system: You are a helpful assistant.
user:
Analyze the provided spectrum to determine if it is a **Carbon Star (C-type)**.

- **Key Visual Indicators of Carbon Star:**
    - **(Primary):** Strong molecular absorption from **C₂ (diatomic carbon) "Swan Bands."** This is the **defining feature** of a carbon star.
        - **(Key Bandheads):** Sharp absorption edges are visible at approximately $5635$ Å, $5165$ Å (the strongest band), and $4737$ Å.
        - **(Line Profile):** Creates a distinct **"saw-tooth"** pattern. The key morphology is a sharp, steep bandhead on the **red (long-wavelength) side**, which then gradually tapers off (i.e., flux recovers) towards the **blue (short-wavelength) side**. *(This is the direct opposite of the TiO bands seen in M-type stars)*.

    - **(Secondary):** Intense **CN (cyanogen)** molecular absorption bands.
        - **(Key Bandheads):** Located in the blue and violet regions of the spectrum (e.g., near $4215$ Å and $3883$ Å).
        - **(Morphology):** These bands are extremely broad and act as a "blanket," absorbing the vast majority of blue and violet light. This creates a characteristic **"cliff"** or **"steep drop-off"** in the spectrum's flux at short wavelengths.

    - **(Key Confirmation):** Strong **CH absorption band (G-band)**.
        - **(Key Bandhead):** Located around $4300$ Å. The contribution from CH molecules to this band is exceptionally strong.

    - **(Overall Spectrum):**
        - The continuum is severely "chopped up" by these deep molecular bands, especially C₂, rather than appearing as a smooth curve.
        - Due to the heavy CN and C₂ absorption in the blue-green, the vast majority of the star's flux is concentrated in the red part of the spectrum, giving the star its characteristic deep red color.

Think first, call **spectral_visualization_tool** if needed to examine features in detail, then provide your final answer. Your response must adhere to the following strict rules:
1.  **Overall Structure:** Your response must follow the format `<think>...</think> <tool_call>...</tool_call> (if a tool is used) <answer>...</answer>`.
2.  **Tool Usage Constraint:** You may only make **one** tool call per turn.
3.  **Final Answer Format:** In the `<answer>` tag, your conclusion must be inside a `\boxed{}` command (e.g., `\boxed{YES}`), followed by your justification.

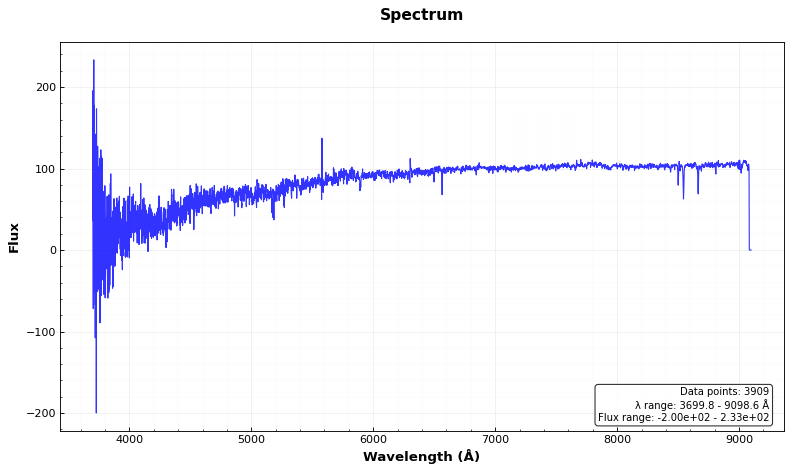
Answer: NO